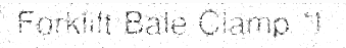
Forklift Bale Clamp ។